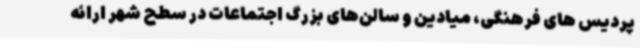
پردیس های فرهنگی، میادین و سالن‌های بزرگ اجتماعات در سطح شهر ارائه